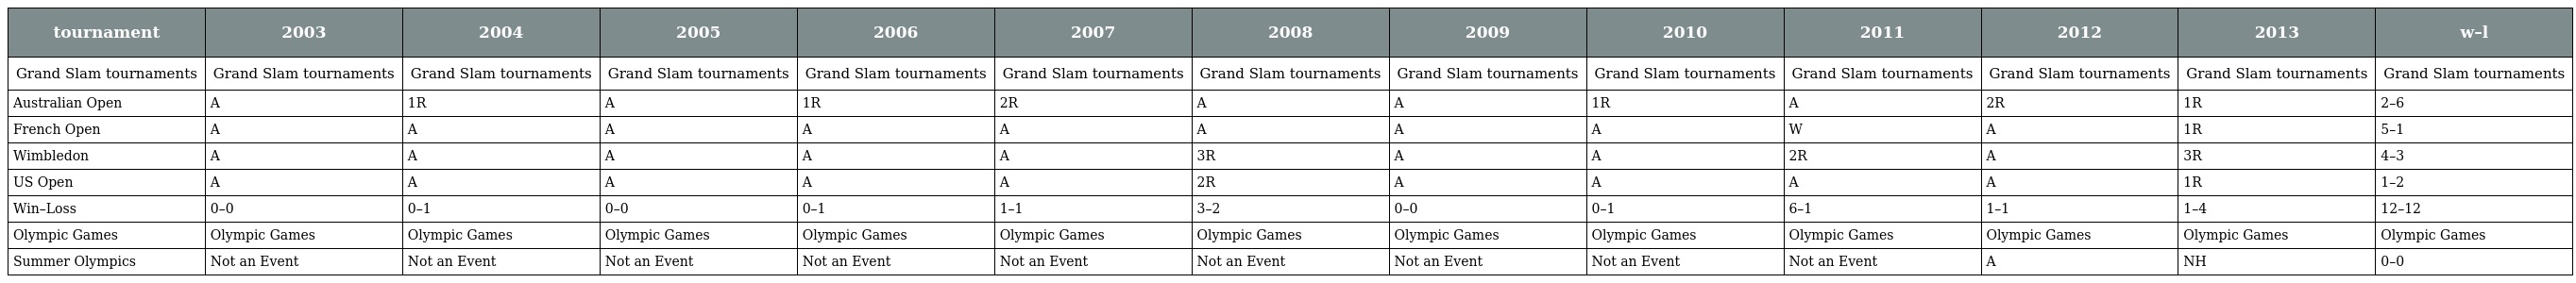
| tournament | 2003 | 2004 | 2005 | 2006 | 2007 | 2008 | 2009 | 2010 | 2011 | 2012 | 2013 | w–l |
 | --- | --- | --- | --- | --- | --- | --- | --- | --- | --- | --- | --- | --- |
 | Grand Slam tournaments | Grand Slam tournaments | Grand Slam tournaments | Grand Slam tournaments | Grand Slam tournaments | Grand Slam tournaments | Grand Slam tournaments | Grand Slam tournaments | Grand Slam tournaments | Grand Slam tournaments | Grand Slam tournaments | Grand Slam tournaments | Grand Slam tournaments |
 | Australian Open | A | 1R | A | 1R | 2R | A | A | 1R | A | 2R | 1R | 2–6 |
 | French Open | A | A | A | A | A | A | A | A | W | A | 1R | 5–1 |
 | Wimbledon | A | A | A | A | A | 3R | A | A | 2R | A | 3R | 4–3 |
 | US Open | A | A | A | A | A | 2R | A | A | A | A | 1R | 1–2 |
 | Win–Loss | 0–0 | 0–1 | 0–0 | 0–1 | 1–1 | 3–2 | 0–0 | 0–1 | 6–1 | 1–1 | 1–4 | 12–12 |
 | Olympic Games | Olympic Games | Olympic Games | Olympic Games | Olympic Games | Olympic Games | Olympic Games | Olympic Games | Olympic Games | Olympic Games | Olympic Games | Olympic Games | Olympic Games |
 | Summer Olympics | Not an Event | Not an Event | Not an Event | Not an Event | Not an Event | Not an Event | Not an Event | Not an Event | Not an Event | A | NH | 0–0 |